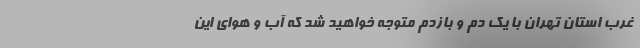
غرب استان تهران با یک دم و بازدم متوجه خواهید شد که آب و هوای این